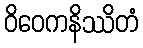
ဝိဝေကနိဿိတံ